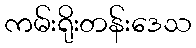
ကမ်းရိုးတန်းဒေသ